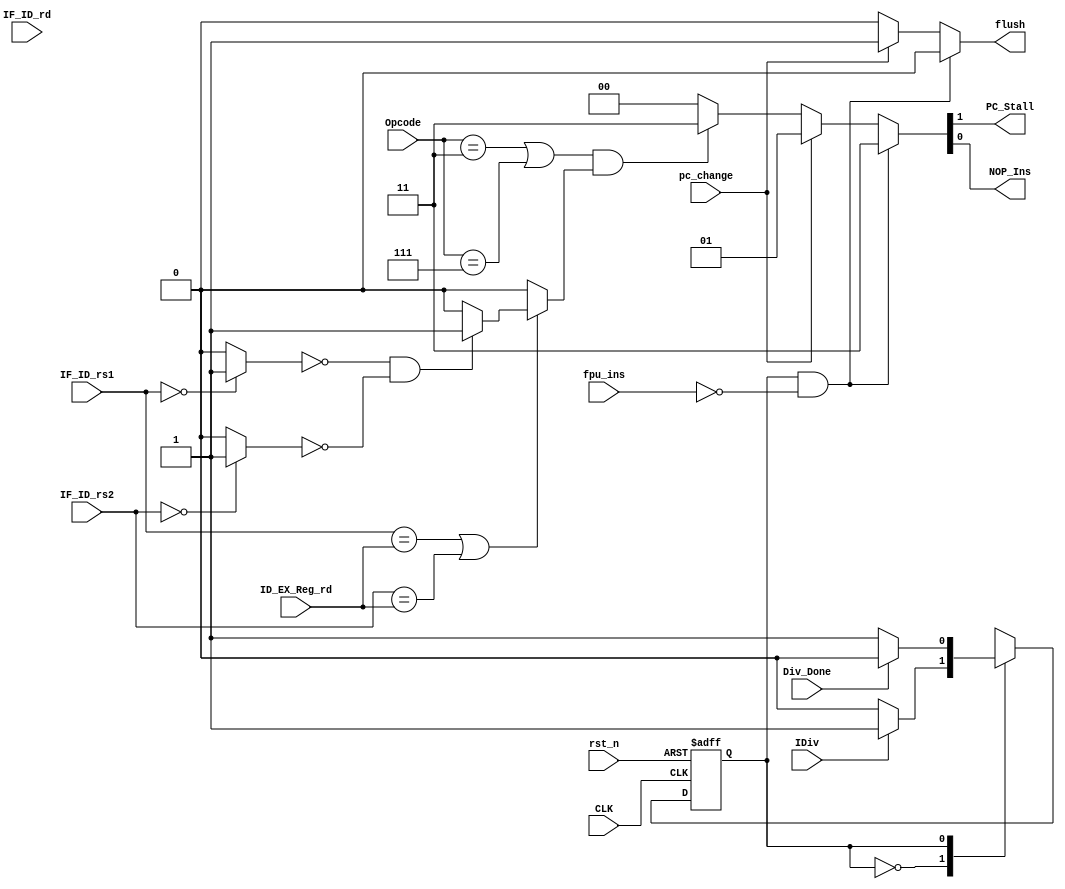
(* DONT_TOUCH = "TRUE" *) module Hazard (
	// INPUT
	input  wire       CLK,
	input  wire 	  rst_n,
	// Floating instruction detection
	input  wire       fpu_ins,
	input  wire [6:0] Opcode,
	// Instruction Board Detection
	// Div   Detection
	input  wire       IDiv,
	// PC Change Detection        
	input  wire       pc_change,
	input  wire       Div_Done, // From Integer ALU
	// Register Sources
	input  wire [4:0] IF_ID_rs1,
	input  wire [4:0] IF_ID_rs2,
	input  wire [4:0] IF_ID_rd,
	// Registered Destination Sources
	input  wire [4:0] ID_EX_Reg_rd,
	// OUTPUT
	output wire		  PC_Stall,
	output wire		  NOP_Ins, // no-operation insertion
	output reg        flush
);

// Expected Hazards
reg   expc_haz;

localparam IDLE = 1'b0;
localparam IDIV = 1'b1;

// Detect if the source is x0
reg   rs1_zero;
reg   rs2_zero;

// Stall The Core signal
reg [1:0] stall_core;

reg NS;
reg CS;

assign {PC_Stall,NOP_Ins} = stall_core; 

always @(*) begin
	if (!IF_ID_rs1) begin
		rs1_zero = 1'b1 ;
	end
	else begin
		rs1_zero = 1'b0 ;
	end
end

always @(*) begin
	if (!IF_ID_rs2) begin
		rs2_zero = 1'b1 ;
	end
	else begin
		rs2_zero = 1'b0 ;
	end
end

always @(*) begin
	if ((IF_ID_rs1 == ID_EX_Reg_rd) || (IF_ID_rs2 == ID_EX_Reg_rd)) begin
		if (!rs1_zero && !rs2_zero) begin
			expc_haz = 1'b1 ;
		end
		else begin
			expc_haz = 1'b0 ;
		end
	end
	else begin
		expc_haz = 1'b0 ;
	end
end

// Next State Logic 
always @(posedge CLK,negedge rst_n) begin	
	if (!rst_n) begin
		CS <= IDLE;
	end
	else begin
		CS <= NS;
	end
end

// FSM Logic
always @(*) begin
	case (CS) 
		IDLE: begin
			if (IDiv) begin
				NS  = IDIV;
			end
			else begin
				NS  = IDLE;
			end
		end
		IDIV: begin
			if (!Div_Done) begin
				NS  = IDIV;
			end
			else begin
				NS  = IDLE;
			end
		end
		default: NS =  IDLE;
	endcase
end

// Handle Exceptions
always @(*) begin
	flush 	   = 1'b0;
	stall_core = 2'b00;
	if (CS == IDIV && !fpu_ins) begin
		stall_core = 2'b11;
	end
	else if (pc_change) begin
		flush      = 1'b1;
		stall_core = 2'b01;
	end
	else if ( (Opcode == 7'b0000011 || Opcode == 7'b0000111) && expc_haz) begin
		stall_core = 2'b11;
	end
	else begin
		stall_core = 2'b00;
		flush      = 1'b0;
	end
end

endmodule